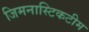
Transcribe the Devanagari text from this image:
जिमनास्टिकटीम